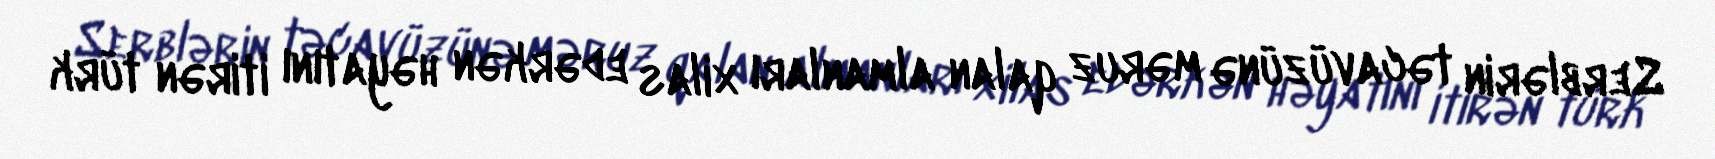
Serblərin təcavüzünə məruz qalan almanları xilas edərkən həyatını itirən türk